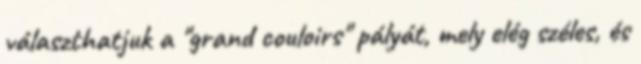
választhatjuk a "grand couloirs" pályát, mely elég széles, és